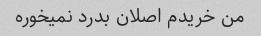
من خریدم اصلان بدرد نمیخوره